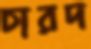
চারদ